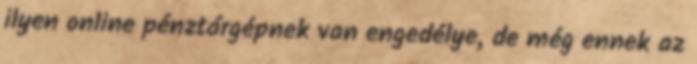
ilyen online pénztárgépnek van engedélye, de még ennek az